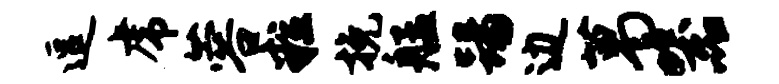
逗虎蓉粒挽艋踢边葛器